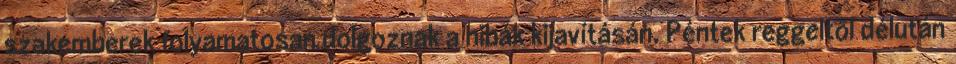
szakemberek folyamatosan dolgoznak a hibák kijavításán. Péntek reggeltől délután